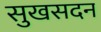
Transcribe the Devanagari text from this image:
सुखसदन